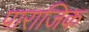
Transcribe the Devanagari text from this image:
पाराजिक